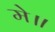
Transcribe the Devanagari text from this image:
मे॥